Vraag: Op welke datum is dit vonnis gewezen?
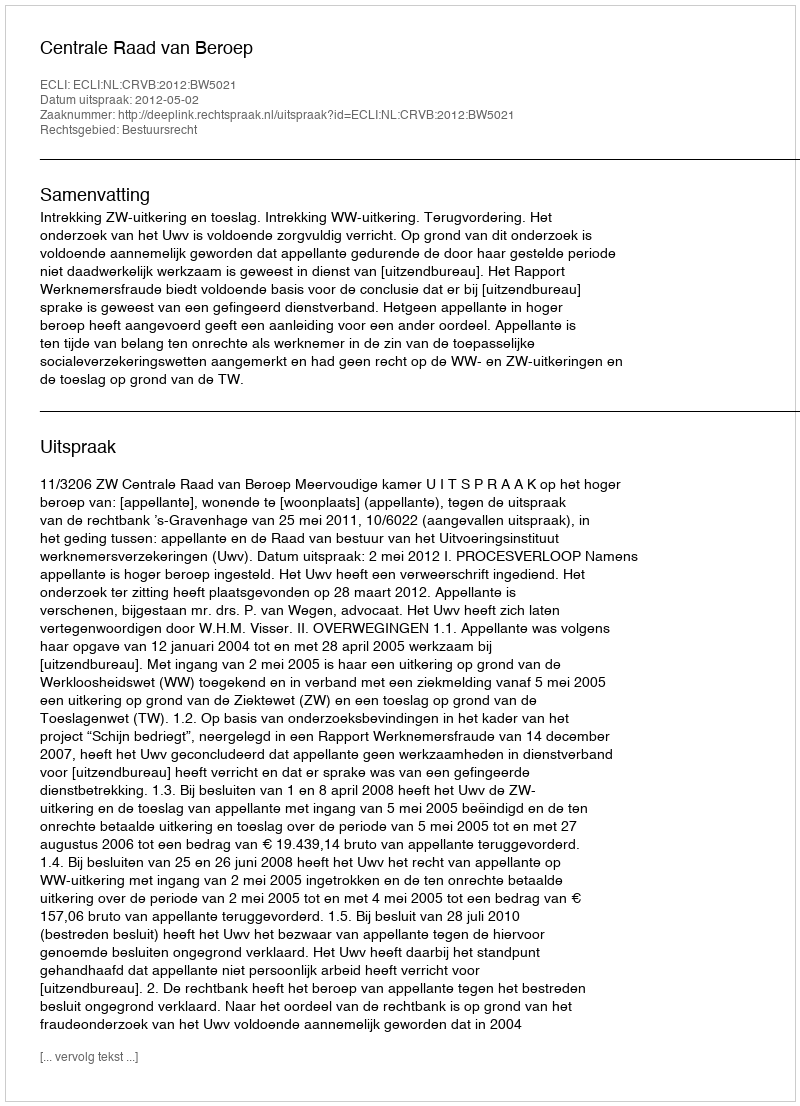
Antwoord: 2012-05-02